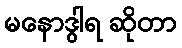
မနောဒွါရ ဆိုတာ